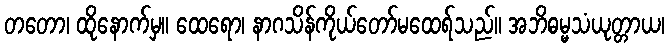
တတော၊ ထိုနောက်မှ။ ထေရော၊ နာဂသိန်ကိုယ်တော်မထေရ်သည်။ အဘိဓမ္မသံယုတ္တာယ၊